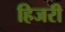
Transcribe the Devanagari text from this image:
हिजरी